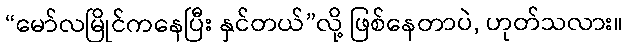
“မော်လမြိုင်ကနေပြီး နှင်တယ်”လို့ ဖြစ်နေတာပဲ, ဟုတ်သလား။